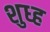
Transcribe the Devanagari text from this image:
शुध्ह